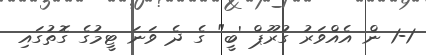
1-1 ން އެއްވަރު ގުރޫޕް 'ބީ" ގެ ދެ ވަނަ ޓީމުގެ ގޮތުގައި